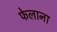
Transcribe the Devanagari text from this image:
फेलाना